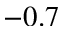
- 0 . 7